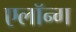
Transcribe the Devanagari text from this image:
एलॉन्ग